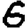
Digit: 6